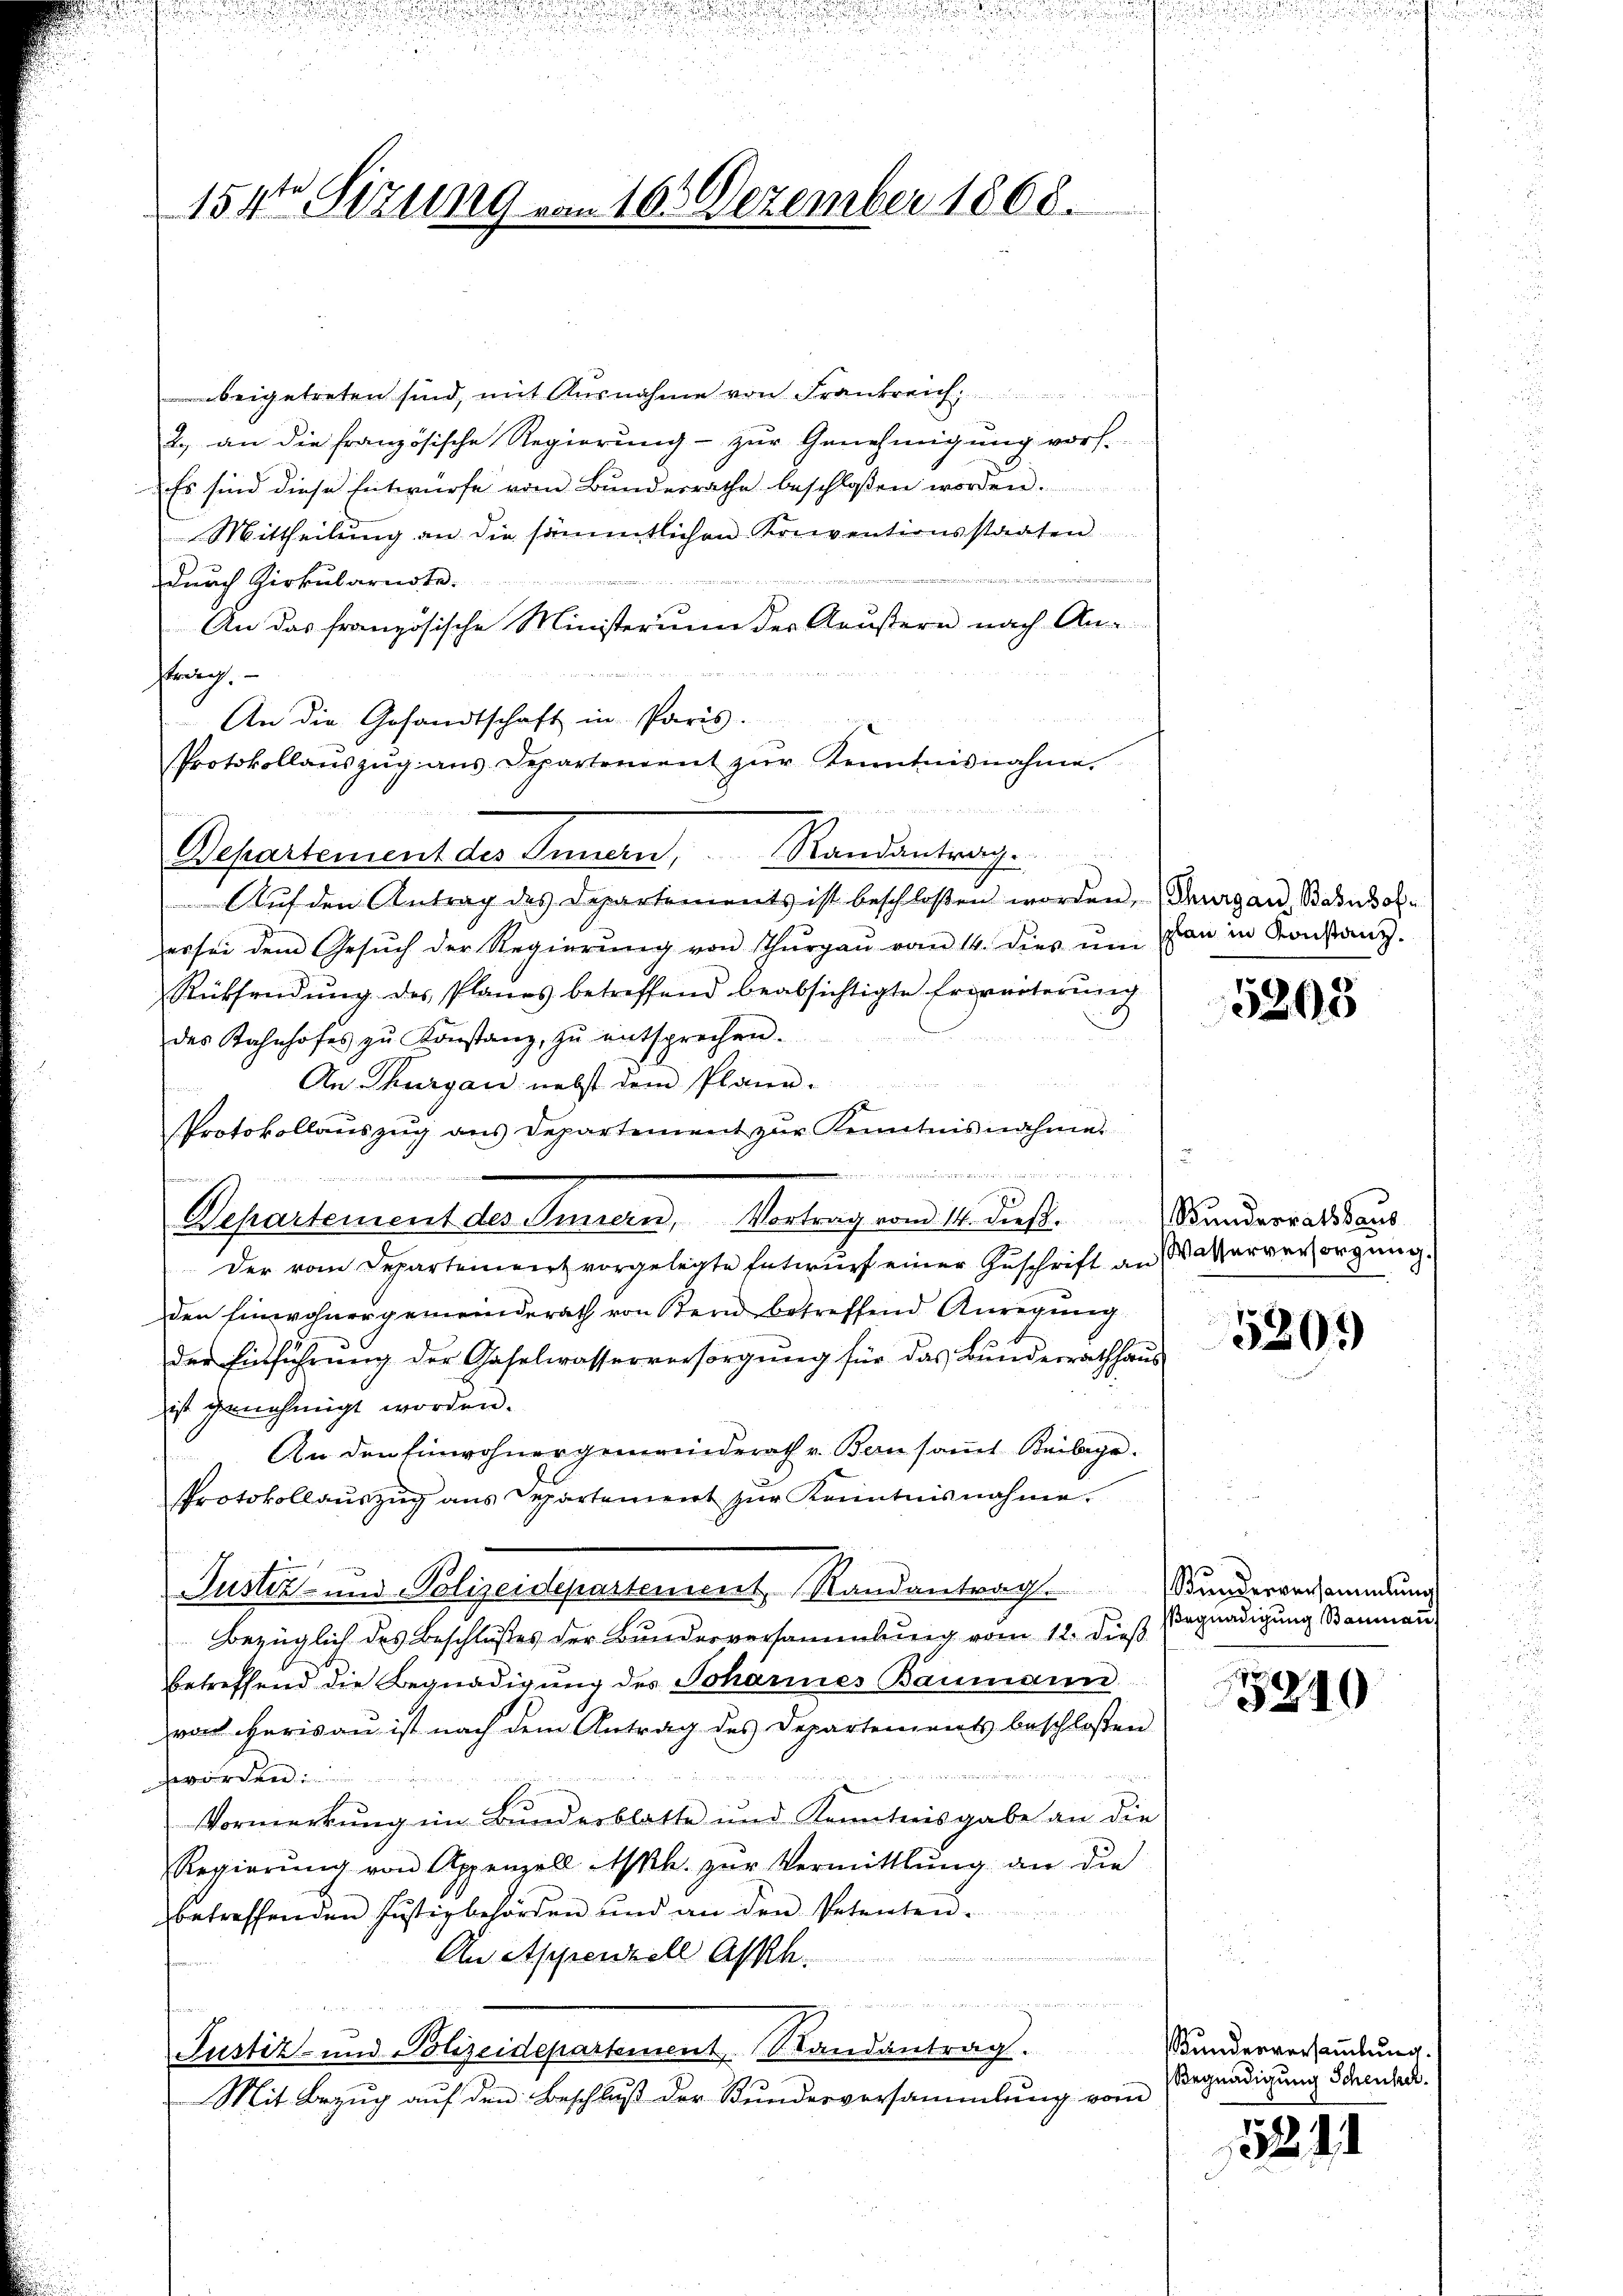
d

.
u
u

154te Sitzung von 10. Dezember 1868.

iministers in ein

u

d

beigetreten sind, mit Ausnahme von Frankreich
2., an die französische Regierung - zur Genehmigung vor.
Es sind diese Entwürfe vom Bŭndesrathe beschlossen worden.
Mittheilung an die sämmtlichen Konventionsstaaten
e
Durch Zirkubarnste.
An das französische Ministerium der Aeußern nach Anstrag.
An die Gesandtschaft in Paris.
Protokollaŭszŭg ans Departement zŭr Kenntnisnahme.
Departement des Innern, Randantrag.
Aŭf den Antrag des Departements ist beschloßen worden, (Thurgau, Basusolher für dem Gesŭch der Regierŭng von Thŭrgaŭ vom 14. dies ŭm
Rücksendung des Planes betreffend beabsichtigte Erbverterung
des Bahnhofes zŭ Konstanz, zŭ entsprechen.
An Thurgau nebst dem Plane-
f
Protokollauszug aus Departement zŭr Kenntnisnahme.

 wie in
Departement des Innern, Vortrag vom 14. dieβ. Bunderratssaus
Der vom Departeinenz vorgelegte Entwurf einer Zuschrift an Wasserervorgung.
den Einwohnergemeinderath von Bern betreffend Anregung
der Einführung der Gaselwasserversorgung für das Bundesrathhaus
ist genehmigt worden.
An den Einwohnergemeinderath v. Bern samt Beilage.
Protokollauszug aus Departement zur Kenntnisnahme.
Justiz- und Polizeidepartement Randantrag.
Bezüglich des Beschlußes der Bundesversammlung vom 12. dieß
betreffend die Begnadigung des Johannes Baumann
von Herisau ist nach dem Antrag des Departements beschloßen
4
Vormerkung im Bunderblatte und Kenntnisgabe an die
Regierŭng von Appenzell Ah. zŭr Vermittlung an die
betreffenden Justizbehörden und an den Petenten
zitirte Martien aner
An Appenzell Askh.
benden sie ich die sichen sei, die
Justiz- und Polizeidepartement Randantrag.
Mit Bezug auf den Beschluß der Bundesversammlung vom

splan in Konstanz.

5208

520.

Kundesversammlung
Begnadigung Bauman

15240

Kundesversaṁlŭng.
Begnadigung Schenker.

521